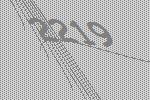
2219